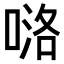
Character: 𠸪